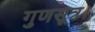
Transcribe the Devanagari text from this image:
गुणसूत्र।